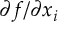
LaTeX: \partial f / \partial x _ { i }